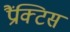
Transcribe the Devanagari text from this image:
प्रैंक्टिस